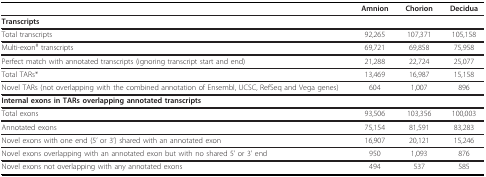
<table><thead><tr><td></td><td><b>Amnion</b></td><td><b>Chorion</b></td><td><b>Decidua</b></td></tr></thead><tbody><tr><td><b>Transcripts</b></td><td></td><td></td><td></td></tr><tr><td>Total transcripts</td><td>92,265</td><td>107,371</td><td>105,158</td></tr><tr><td>Multi-exon<sup># </sup>transcripts</td><td>69,721</td><td>69,858</td><td>75,958</td></tr><tr><td>Perfect match with annotated transcripts (ignoring transcript start and end)</td><td>21,288</td><td>22,724</td><td>25,077</td></tr><tr><td>Total TARs*</td><td>13,469</td><td>16,987</td><td>15,158</td></tr><tr><td>Novel TARs (not overlapping with the combined annotation of Ensembl, UCSC, RefSeq and Vega genes)</td><td>604</td><td>1,007</td><td>896</td></tr><tr><td><b>Internal exons in TARs overlapping annotated transcripts</b></td><td></td><td></td><td></td></tr><tr><td>Total exons</td><td>93,506</td><td>103,356</td><td>100,003</td></tr><tr><td>Annotated exons</td><td>75,154</td><td>81,591</td><td>83,283</td></tr><tr><td>Novel exons with one end (5&#x27; or 3&#x27;) shared with an annotated exon</td><td>16,907</td><td>20,121</td><td>15,246</td></tr><tr><td>Novel exons overlapping with an annotated exon but with no shared 5&#x27; or 3&#x27; end</td><td>950</td><td>1,093</td><td>876</td></tr><tr><td>Novel exons not overlapping with any annotated exons</td><td>494</td><td>537</td><td>585</td></tr></tbody></table>